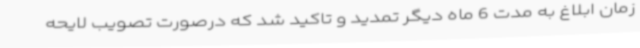
زمان ابلاغ به مدت 6 ماه دیگر تمدید و تاکید شد که درصورت تصویب لایحه